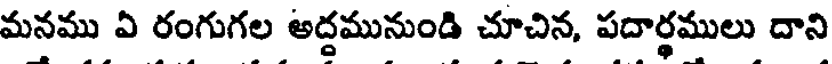
మనము ఏ రంగుగల అద్దమునుండి చూచిన, పదార్థములు దాని